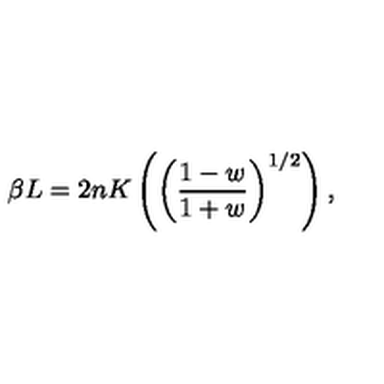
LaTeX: \beta L = 2 n K \left( \left( \frac { 1 - w } { 1 + w } \right) ^ { 1 / 2 } \right) ,